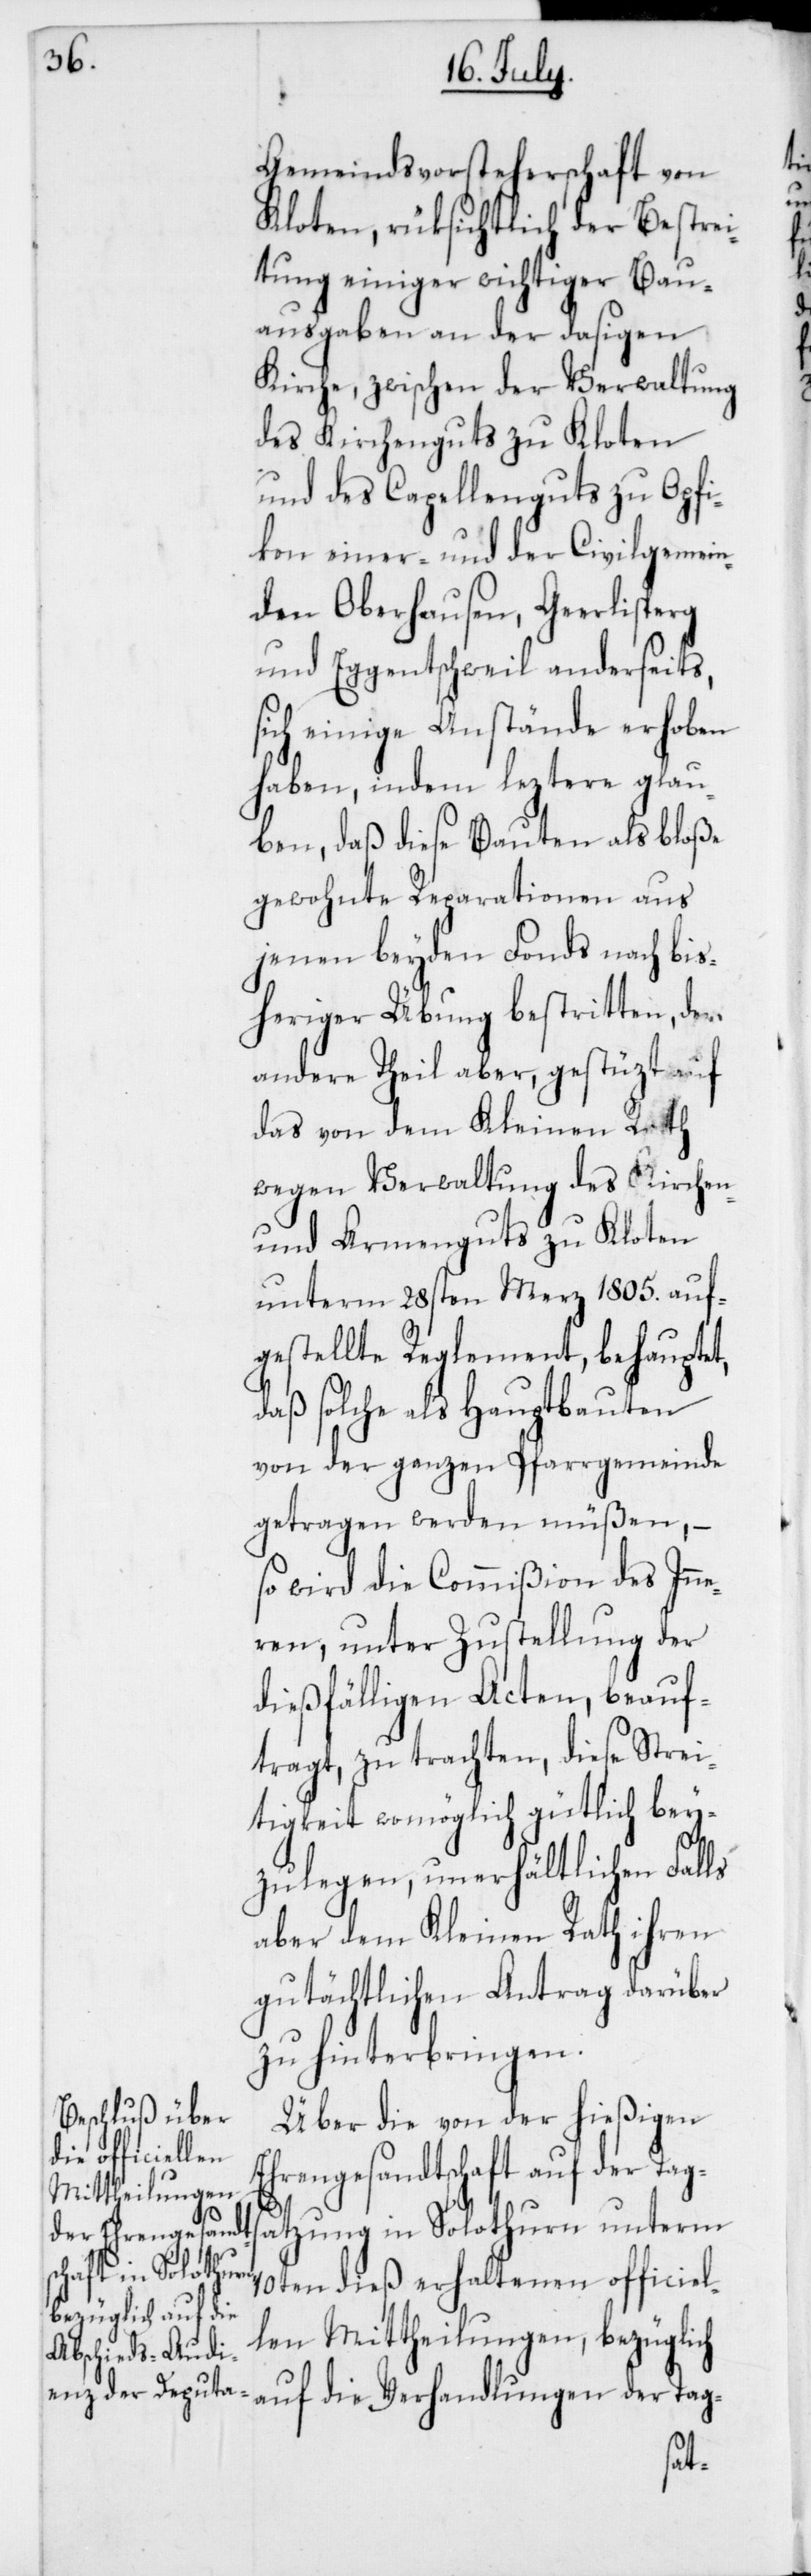
Gemeindsvorsteherschaft von
Kloten, rüksichtlich der Bestrei¬
tung einiger wichtiger Bau¬
ausgaben an der dasigen
Kirche, zwischen der Verwaltung
des Kirchenguts zu Kloten
und des Capellenguts zu Opfi¬
kon einer-, und der Civilgemein¬
den Oberhausen, Heerlisberg
und Eggentschweil anderseits,
sich einige Anstände erhoben
haben, indem letztere glau¬
ben, daß diese Bauten als bloße
gewohnte Reparationen aus
jenen beyden Fonds nach bis¬
heriger Übung bestritten, der
andere Theil aber, gestüzt auf
das von dem Kleinen Rath
wegen Verwaltung des Kirchen-
und Armenguts zu Kloten
unterm 28sten Merz 1805 auf¬
gestellte Reglement, behauptet,
daß solche als Hauptbauten
von der ganzen Pfarrgemeinde
getragen werden müßen, –
so wird die Commißion des Inn¬
eren, unter Zustellung der
dießfälligen Acten, beauf¬
tragt, zu trachten, diese Strei¬
tigkeit womöglich gütlich bey¬
zulegen, unerhältlichen Falls
aber dem Kleinen Rath ihren
gutächtlichen Antrag darüber
zu hinterbringen.
Über die von der hießigen
Ehrengesandtschaft auf der Ta¬
gsatzung in Solothurn unterm
10ten dieß erhaltenen officiel¬
len Mittheilungen, bezüglich
auf die Verhandlungen der Tag-